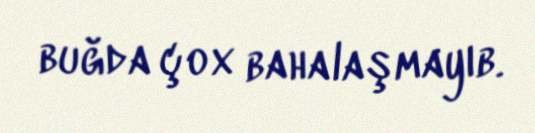
buğda çox bahalaşmayıb.